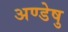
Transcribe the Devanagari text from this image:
अण्डेषु